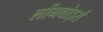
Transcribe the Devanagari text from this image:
लौंगबोर्ड्स